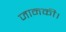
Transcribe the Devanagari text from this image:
जानकी।